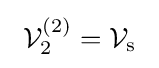
\ {\mathcal {V}}_{2}^{(2)}={\mathcal {V}}_{\text{s}}\